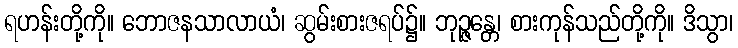
ရဟန်းတို့ကို။ ဘောဇနသာလာယံ၊ ဆွမ်းစားဇရပ်၌။ ဘုဉ္ဇန္တေ၊ စားကုန်သည်တို့ကို။ ဒိသွာ၊